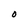
Character: O